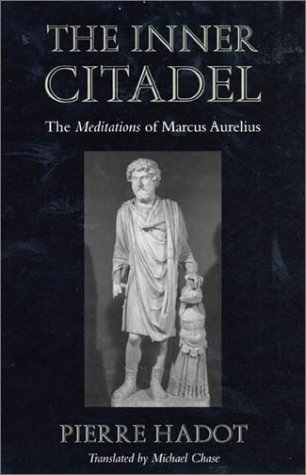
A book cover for The Inner Citadel: The <i>Meditations</i> of Marcus Aurelius (Meditations of Marcus Aurelius); Pierre Hadot; Politics & Social Sciences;